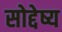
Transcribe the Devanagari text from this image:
सोद्देष्य